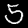
Digit: 5